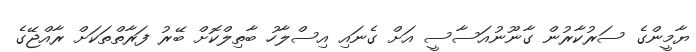
ޔާމީންގެ ސަރުކާރުން ގާނޫނުއަސާސީ އަށް ގެނައި އިސްލާހު ބާތިލްކޮށް ބޭރު ފަރާތްތަކަށް ރާއްޖޭގެ